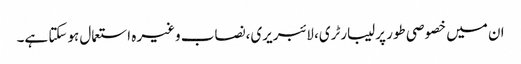
ان میں خصوصی طور پر لیبارٹری، لائبریری،نصاب وغیرہ استعمال ہوسکتا ہے۔